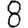
Digit: 8